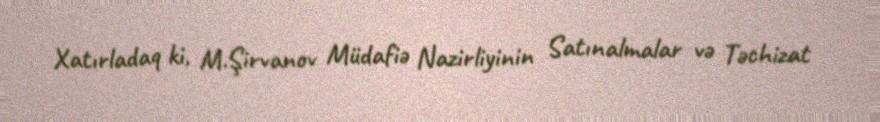
Xatırladaq ki, M.Şirvanov Müdafiə Nazirliyinin Satınalmalar və Təchizat